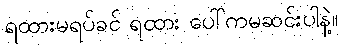
ရထားမရပ်ခင် ရထား ပေါ်ကမဆင်းပါနဲ့။